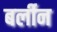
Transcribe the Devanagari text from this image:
बर्लीन